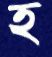
হ